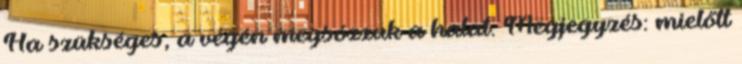
Ha szükséges, a végén megsózzuk a halat. Megjegyzés: mielőtt